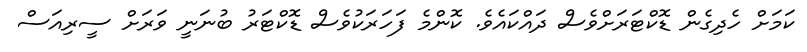
ކަމަށް ހެދިގެން ޑޮކްޓަރަށްވެސް ދައްކައެވެ. ކޮންމެ ފަހަރަކުވެސް ޑޮކްޓަރު ބުނަނީ ވަރަށް ސީރިއަސް